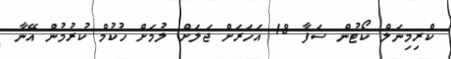
ކްރިމިނަލް ކޯޓުން ސަފާ 18 އަހަރަށް ޖަލަށް ލުމަށް ހުކުމް ކުރުމުން އޭނާ